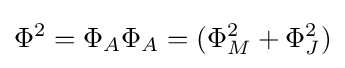
\Phi ^{2}=\Phi _{A}\Phi _{A}=(\Phi _{M}^{2}+\Phi _{J}^{2})